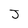
Character: J